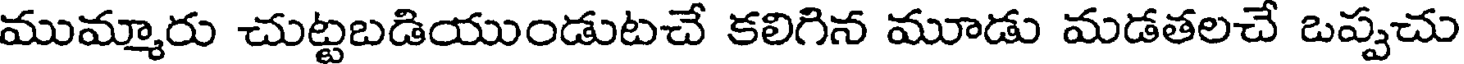
ముమ్మారు చుట్టబడియుండుటచే కలిగిన మూడు మడతలచే ఒప్పచు